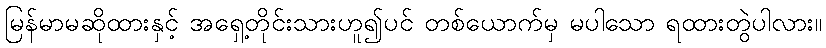
မြန်မာမဆိုထားနှင့် အရှေ့တိုင်းသားဟူ၍ပင် တစ်ယောက်မှ မပါသော ရထားတွဲပါလား။